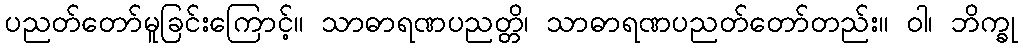
ပညတ်တော်မူခြင်းကြောင့်။ သာဓာရဏပညတ္တိ၊ သာဓာရဏပညတ်တော်တည်း။ ဝါ၊ ဘိက္ခု